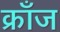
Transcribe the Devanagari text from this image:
क्राँज